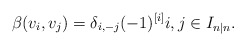
\begin{align*} \beta(v_i,v_j)=\delta_{i,-j}(-1)^{[i]} i,j\in I_{n|n}.\end{align*}